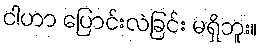
ငါဟာ ပြောင်းလဲခြင်း မရှိဘူး။